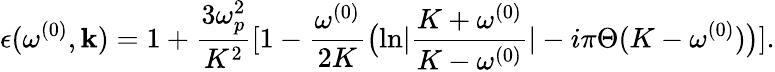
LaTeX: \epsilon(\omega^{(0)},{\mathbf k})=1+{\frac{3\omega_{p}^{2}}{K^{2}}}[1-{\frac{\omega^{(0)}}{2K}}\bigl({\ln}|{\frac{K+\omega^{(0)}}{K-\omega^{(0)}}}|-i\pi\Theta(K-\omega^{(0)})\bigr)].